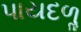
પાયદળૢ